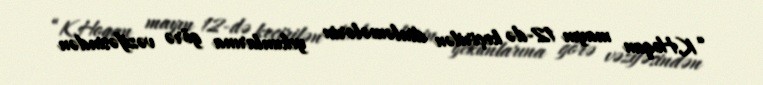
“K.Hoqan mayın 12-də keçirilən dinləmələrin yekunlarına görə vəzifəsindən